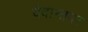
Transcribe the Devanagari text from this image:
वेदान्तपर